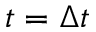
t = \Delta t